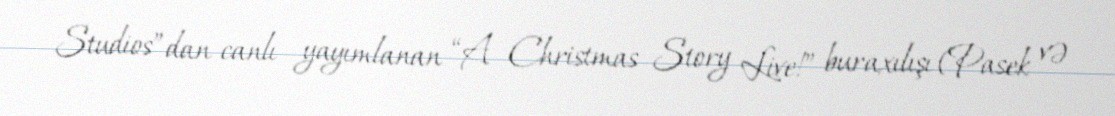
Studios”dan canlı yayımlanan “A Christmas Story Live!” buraxılışı (Pasek və